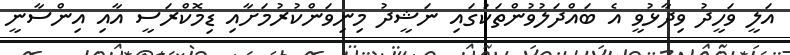
އަލީ ވަހީދު ވިދާޅުވީ އެ ބައްދަލުވުންތަކުގައި ނަޝީދު މިނިވަންކުރުމަށާއި ޑިމޮކްރަސީ އާއި އިންސާނީ